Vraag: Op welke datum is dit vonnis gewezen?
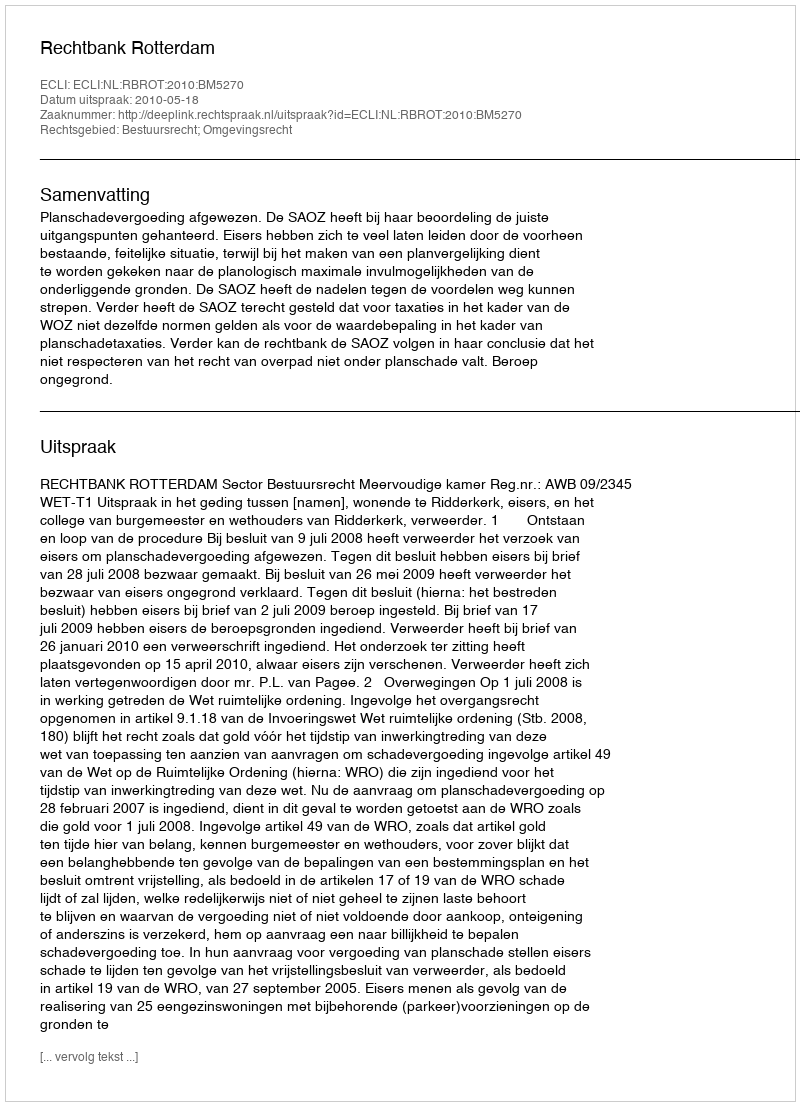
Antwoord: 2010-05-18